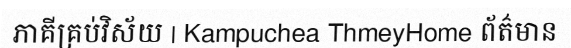
ភាគីគ្រប់វិស័យ | Kampuchea ThmeyHome ព័ត៌មាន